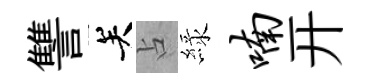
讐关占緑喃开